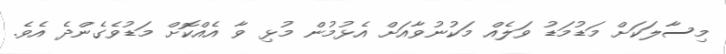
މިސާލަކަށް މަޑުމަޑު ވަލެއް މަކުނުވާއަށް އެޅުމުން މުޅި ވާ އެއްކޮށް މަޑުވެގެންދެ އެވެ.